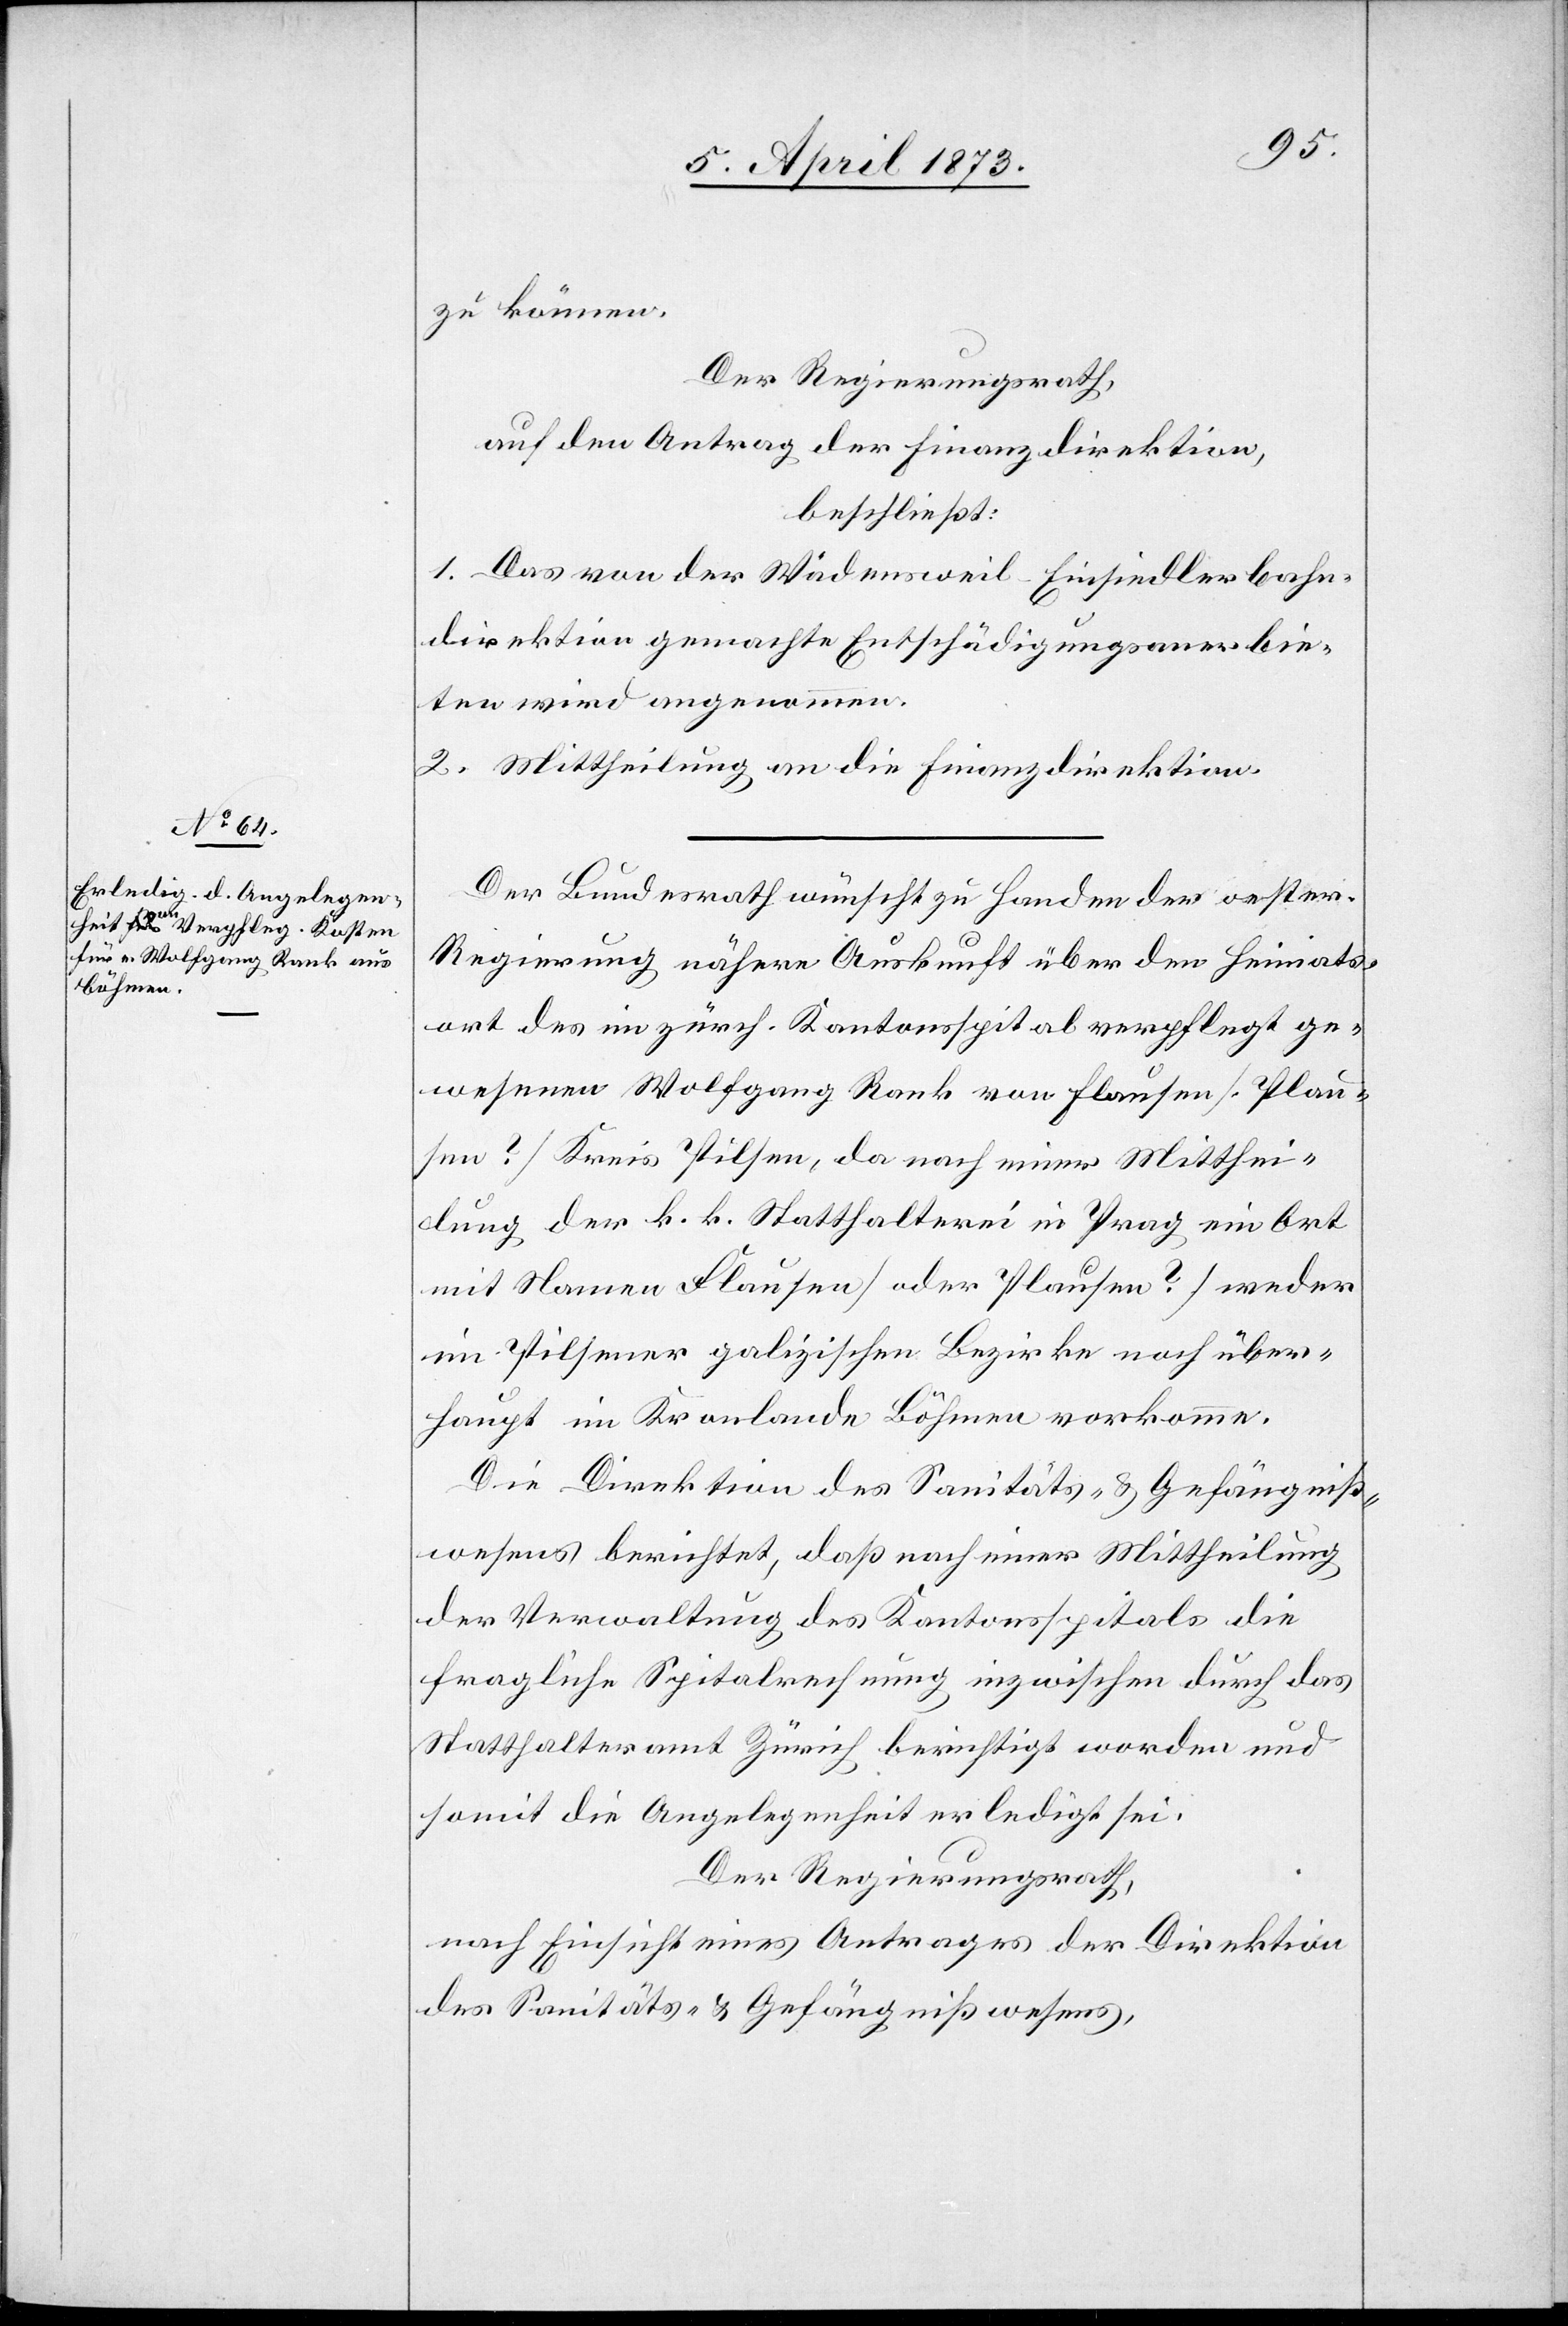
zu können.
Der Regierungsrath,
auf den Antrag der Finanzdirektion,
beschließt:
1. Das von der Wädensweil–Einsiedlerbahn¬
direktion gemachte Entschädigungsanerbie¬
ten wird angenommen.
2. Mittheilung an die Finanzdirektion.
Der Bundesrath wünscht zu Handen der oester.
Regierung nähere Auskunft über den Heimats¬
ort des im zürch. Kantonsspital verpflegt ge¬
wesenen Wolfgang Rank von Flausen [Plau¬
sen?] Kreis Pilsen, da nach einer Mitthei¬
lung der k. k. Statthalterei in Prag ein Ort
mit Namen Flausen [oder Plausen?] weder
im Pilsener galizischen Bezirke noch über¬
haupt im Kronlande Böhmen vorkomme.
Die Direktion des Sanitäts- & Gefängniß¬
wesens berichtet, daß nach einer Mittheilung
der Verwaltung des Kantonsspitals die
fragliche Spitalrechnung inzwischen durch das
Statthalteramt Zürich berichtigt worden und
somit die Angelegenheit erledigt sei.
Der Regierungsrath,
nach Einsicht eines Antrages der Direktion
des Sanitäts- & Gefängnißwesens,